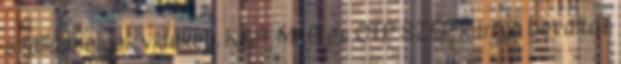
szálláshelyek vidéken. K&H, MKB és OTP SZÉP kártya beváltás